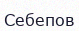
Себепов